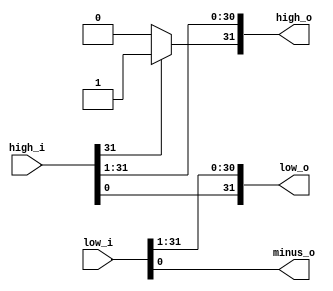
`timescale 1ns / 1ps
//////////////////////////////////////////////////////////////////////////////////
// Company: 
// Engineer: 
// 
// Design Name: 
// Module Name:    BOOTH_SHIFTER 
// Project Name: 
// Target Devices: 
// Tool versions: 
// Description: 
//
// Dependencies: 
//
// Revision: 
// Revision 0.01 - File Created
// Additional Comments: 
//
//////////////////////////////////////////////////////////////////////////////////
module BOOTH_SHIFTER(
	input[31:0] high_i, input[31:0] low_i, output[31:0] high_o, output[31:0] low_o, output minus_o    );

assign minus_o = low_i[0];

assign low_o[31] = high_i[0];
assign low_o[30:0] = low_i[31:1];

assign high_o[30:0] = high_i[31:1];
assign high_o[31] = (high_i[31] == 0) ? 1'b0: 1'b1;

endmodule